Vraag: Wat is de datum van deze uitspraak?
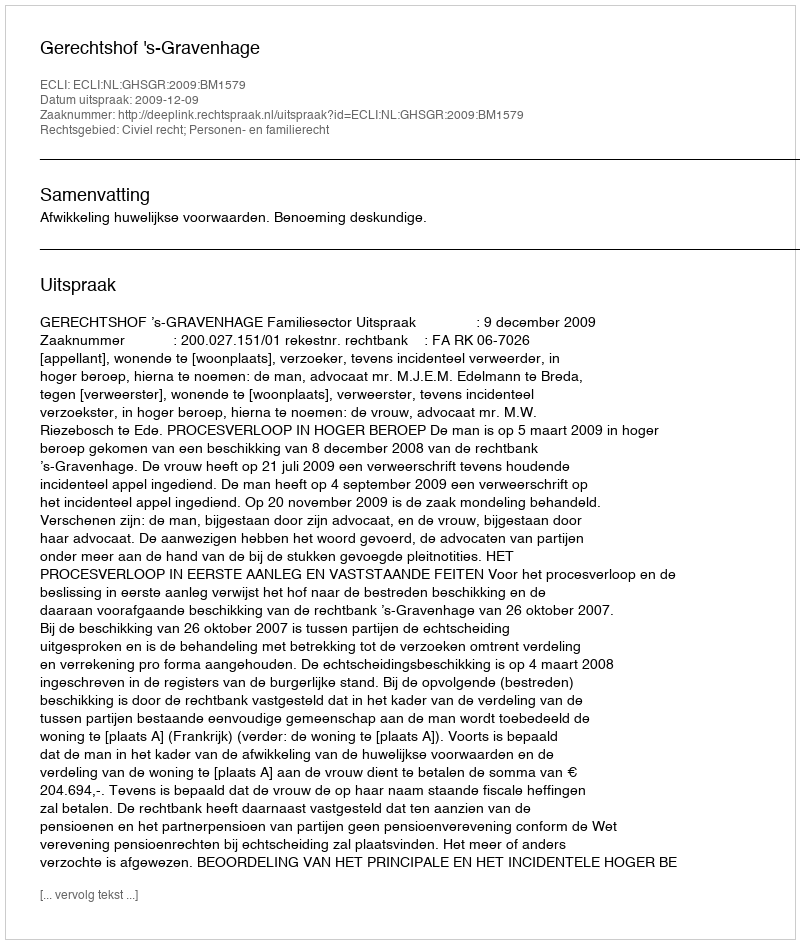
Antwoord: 2009-12-09